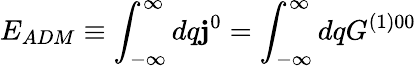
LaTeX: E_{ADM}\equiv\int_{-\infty}^{\infty}dq\mathbf{j}^{0}=\int_{-\infty}^{\infty}dqG^{(1)00}